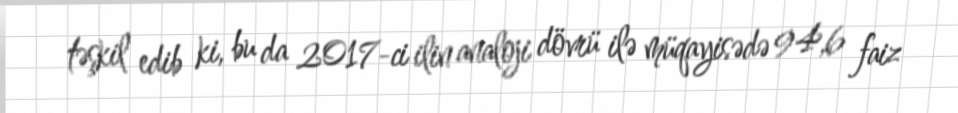
təşkil edib ki, bu da 2017-ci ilin analoji dövrü ilə müqayisədə 94,6 faiz